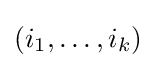
(i_{1},\dots ,i_{k})